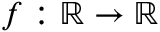
f : \mathbb { R } \rightarrow \mathbb { R }